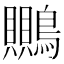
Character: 䴍